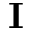
\mathbf { I }